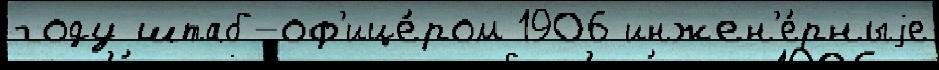
году штаб-оф'ице́ром 1906 инжен'е́рныjе